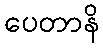
ပေတာနိ